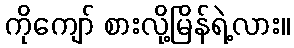
ကိုကျော် စားလို့မြိန်ရဲ့လား။